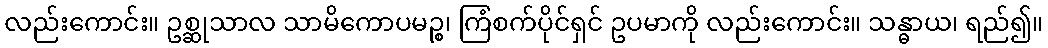
လည်းကောင်း။ ဥစ္ဆုသာလ သာမိကောပမဉ္စ၊ ကြံစက်ပိုင်ရှင် ဥပမာကို လည်းကောင်း။ သန္ဓာယ၊ ရည်၍။